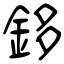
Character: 鉹